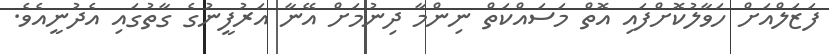
ފަޒަލްއަށް ހަވާލުކޮށްފައި އޮތް މަސައްކަތް ނިންމާ ދިނުމަށް އޭނާ އަރުފީނުގެ ގާތުގައި އެދުނީއެވެ.